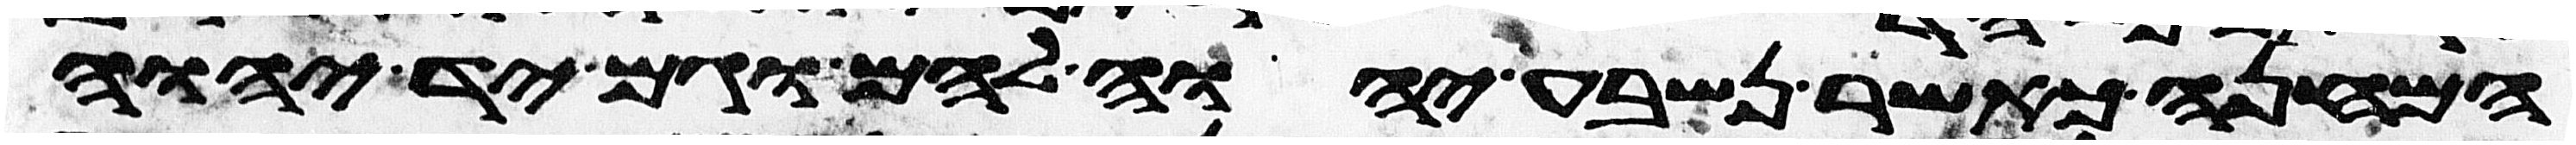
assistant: המחנה כאשר נשבע יהוה להם וגם יד יהוה